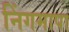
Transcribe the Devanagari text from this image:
निंगमापा